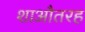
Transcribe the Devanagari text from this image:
शाऔतरह